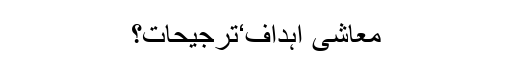
معاشی اہداف‘ترجیحات؟